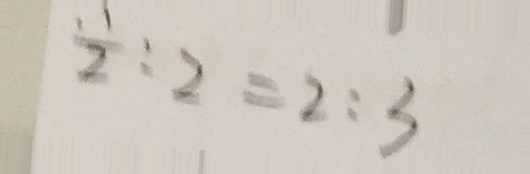
\frac { 1 } { 2 } : 2 = 2 : 3